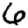
Digit: 6